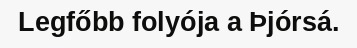
Legfőbb folyója a Þjórsá.